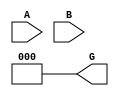

module MM(
  
  input [2:0] A,
  input [2:0] B,
  output [2:0] G
);

  // Polynomial P(x) = x^3 + x^2 + 1
  parameter [2:0] P = 3'b111;

  // Montgomery Reduction Algorithm
  wire [2:0] G_temp1;
  wire [2:0] G_temp2;
  wire [2:0] G_temp3;

  assign G_temp1 = {(A[2] & B), (A[1] & B), (A[0] & B)};
  assign G_temp2 = {(G_temp1[2] & P), (G_temp1[1] & P), (G_temp1[0] & P)};
  assign G_temp3 = {(G_temp2[2] & 3'b0), (G_temp2[1] & 3'b0), (G_temp2[0] & 3'b0)};

  assign G = G_temp3;

endmodule